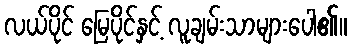
လယ်ပိုင် မြေပိုင်နှင့် လူချမ်းသာများပေါ၏။